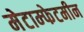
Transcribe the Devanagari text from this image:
मेटाम्फेटमीन